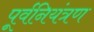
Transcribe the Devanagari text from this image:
पूर्वनियंत्रण